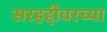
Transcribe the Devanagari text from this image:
सरहद्दीवरच्या